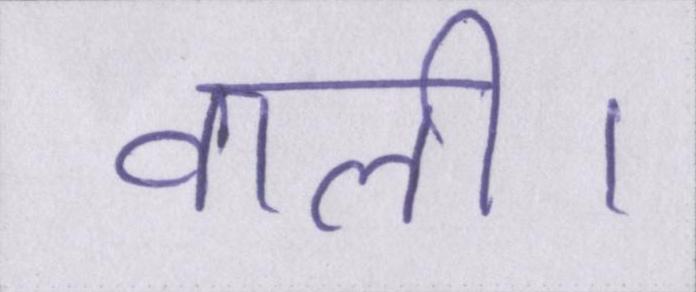
वाली।